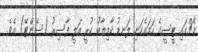
މެޗްގައި ޓީސީގެ ހަމައެކަނި ލަނޑު ކާމިޔާބު ކުރީ އަލީ ފާސިރު (ސެންޓޭ) އެވެ.